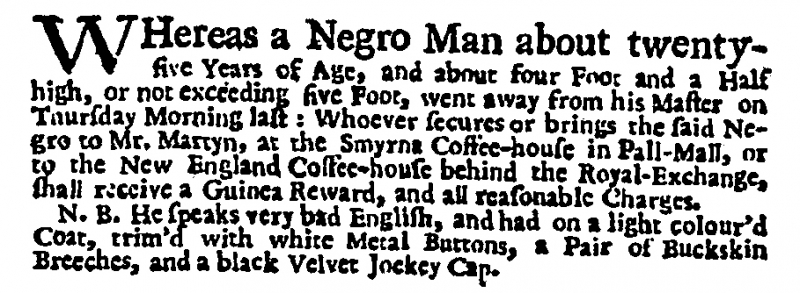
Daily Post, 4 February 1730 (England)
WHereas A Negro Man about twenty-five Years of Age, and about four Foot and a Half high, or not exceeding five Foot, went away from his Master on Thursday Morning last: Whoever secures or brings the said Negro to Mr. Martyn, at the Smyrna Coffee-house in Pall-Mall, or to the New England Coffee-house behind the Royal-Exchange, shall receive a Guinea Reward, and all reasonable Charges.  N.B. He speaks very bad English, and had on a light colour’d Coat, trim’d with white Metal Buttons, a Pair of Buckskin Breeches, and a black Velvet Jockey Cap.